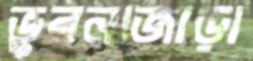
ভুবনজোড়া